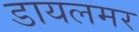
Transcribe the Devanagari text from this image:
डायलमर